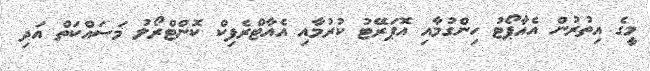
މީގެ އިތުރުން އެއާޕޯޓު ހިންގުމާއި އޮޕަރޭޓު ކުރުމާއި އެއާޓްރެފިކް ކޮންޓްރޯލު މަސައްކަތް އަދި